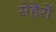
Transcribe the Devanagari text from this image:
सेहेरों